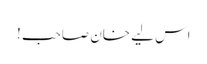
اس لیے خان صاحب !